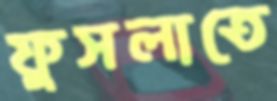
ফুসলাতে